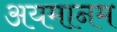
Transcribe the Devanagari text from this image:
अयमानम